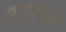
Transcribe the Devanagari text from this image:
मडक्यास